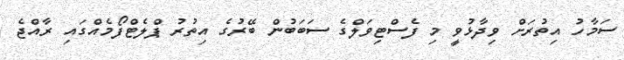
ސަމާހު އިތުރަށް ވިދާޅުވީ މި ފެސްޓިވަލްގެ ސަބަބުން ބޭރުގެ އިތުރު ޕްލެޓްފޯމެއްގައި ރާއްޖެ